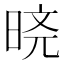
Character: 𬀸